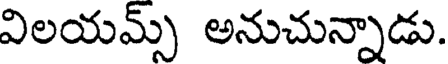
విలయమ్స్ అనుచున్నాడు.